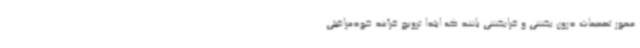
محور تصمیمات درون بخشی و فرابخشی باشد که ابتدا ترویج فرآیند خودمراقبتی